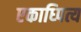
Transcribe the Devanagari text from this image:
एकाध्पित्य